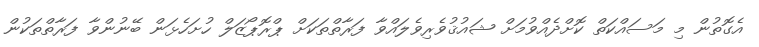
އެގޮތުން މި މަސައްކަތް ކޮށްދެއްވުމަށް ޝައުޤުވެރިވެލައްވާ ފަރާތްތަކަށް ޕްރޮޕޯޒަލް ހުށަހެޅަން ބޭނުންވާ ފަރާތްތަކުން